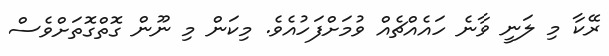
ރޭކާ މި ލަނީ ވާނެ ހައެއްޗެއް ވުމަށްފަހުއެވެ. މިކަން މި ނޫން ގޮތްގޮތަށްވެސް